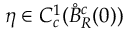
\eta \in C _ { c } ^ { 1 } ( \mathring { B } _ { R } ^ { c } ( 0 ) )